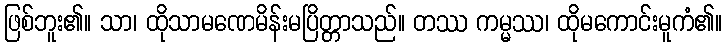
ဖြစ်ဘူး၏။ သာ၊ ထိုသာမဏေမိန်းမပြိတ္တာသည်။ တဿ ကမ္မဿ၊ ထိုမကောင်းမူကံ၏။